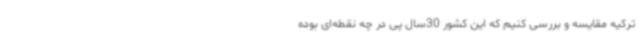
ترکیه مقایسه و بررسی کنیم که این کشور 30سال پی در چه نقطه‌ای بوده